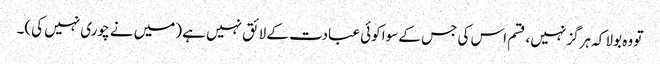
تو وہ بولا کہ ہرگز نہیں، قسم اس کی جس کے سوا کوئی عبادت کے لائق نہیں ہے (میں نے چوری نہیں کی)۔